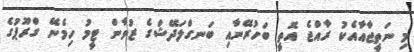
މި ނަތީޖާއާއެކު ރާއްޖެ އޮތީ ބަހުރޭނާއި ބަނގްލަދޭޝްގެ ޒުވާން ޓީމު ހިމެނޭ ގްރޫޕުގެ